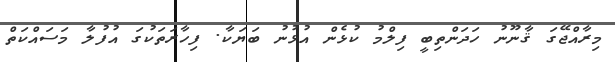
މިރާއްޖޭގަ ޤާނޫނު ހަދަންތިބީ ފިލްމު ކުޅެން އުޅުނު ބަޔަކާ. ފިހާރަތަކުގަ އުފުލާ މަސައްކަތް